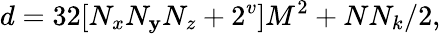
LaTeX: d=32[N_{x}N_{\mathbf{y}}N_{z}+2^{v}]M^{2}+NN_{k}/2,